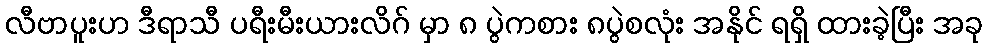
လီဗာပူးဟ ဒီရာသီ ပရီးမီးယားလိဂ် မှာ ၈ ပွဲကစား ၈ပွဲစလုံး အနိုင် ရရှိ ထားခဲ့ပြီး အခု